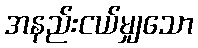
အနည်းငယ်မျှသော